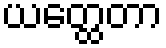
ယတ္ထေတာ